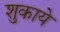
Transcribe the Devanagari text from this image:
शुकाये